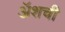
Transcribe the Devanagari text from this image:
ॲशची